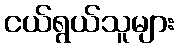
ငယ်ရွယ်သူများ